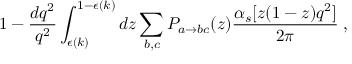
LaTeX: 1 - \frac { d q ^ { 2 } } { q ^ { 2 } } \int _ { \epsilon ( k ) } ^ { 1 - \epsilon ( k ) } d z \sum _ { b , c } P _ { a \rightarrow b c } ( z ) \frac { \alpha _ { s } [ z ( 1 - z ) q ^ { 2 } ] } { 2 \pi } \; ,